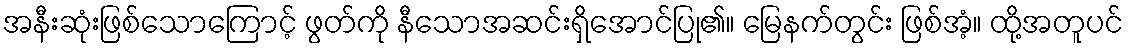
အနီးဆုံးဖြစ်သောကြောင့် ဖွတ်ကို နီသောအဆင်းရှိအောင်ပြု၏။ မြေနက်တွင်း ဖြစ်အံ့။ ထို့အတူပင်